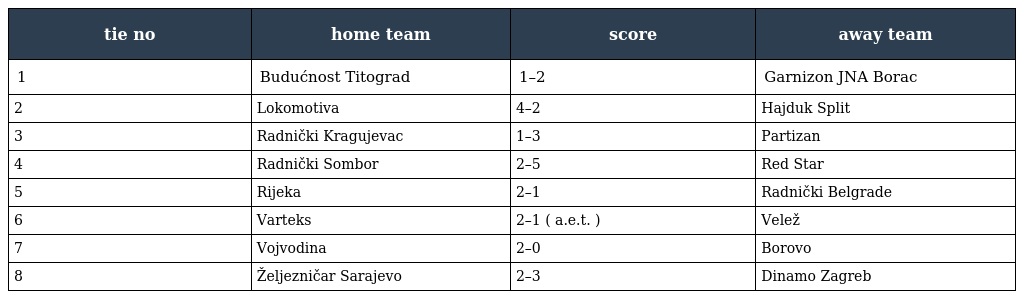
| tie no | home team | score | away team |
 | --- | --- | --- | --- |
 | 1 | Budućnost Titograd | 1–2 | Garnizon JNA Borac |
 | 2 | Lokomotiva | 4–2 | Hajduk Split |
 | 3 | Radnički Kragujevac | 1–3 | Partizan |
 | 4 | Radnički Sombor | 2–5 | Red Star |
 | 5 | Rijeka | 2–1 | Radnički Belgrade |
 | 6 | Varteks | 2–1 ( a.e.t. ) | Velež |
 | 7 | Vojvodina | 2–0 | Borovo |
 | 8 | Željezničar Sarajevo | 2–3 | Dinamo Zagreb |